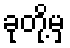
ခုတို့မှ